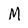
Character: M